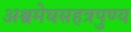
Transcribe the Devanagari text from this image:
अश्वमेघसहत्रपुण्य